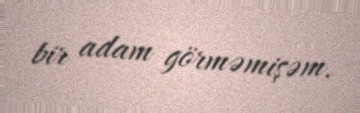
bir adam görməmişəm.